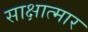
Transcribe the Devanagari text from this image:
साक्षात्मार